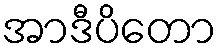
အာဒီပိတော